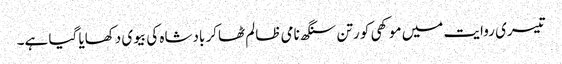
تیسری روایت میں موکھی کو رتن سنگھ نامی ظالم ٹھاکر بادشاہ کی بیوی دکھایا گیا ہے۔